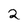
Character: 2